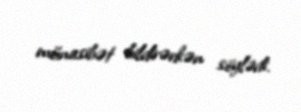
münasibət bildirərkən söylədi.